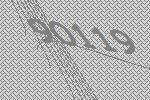
90119